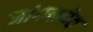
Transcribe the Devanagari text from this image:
जांगलदेव